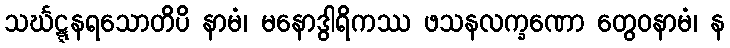
သင်္ဃဋ္ဋနရသောတိပိ နာမံ၊ မနောဒွါရိကဿ ဖသနလက္ခဏော တွေဝနာမံ၊ န